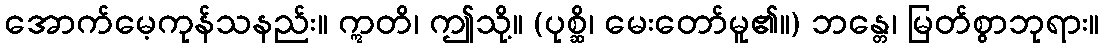
အောက်မေ့ကုန်သနည်း။ ဣတိ၊ ဤသို့။ (ပုစ္ဆိ၊ မေးတော်မူ၏။) ဘန္တေ၊ မြတ်စွာဘုရား။